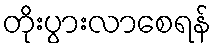
တိုးပွားလာစေရန်